Indian journal of veterinary science and animal husbandry - Volumes 26-27, 1956-1957
Year: 1956
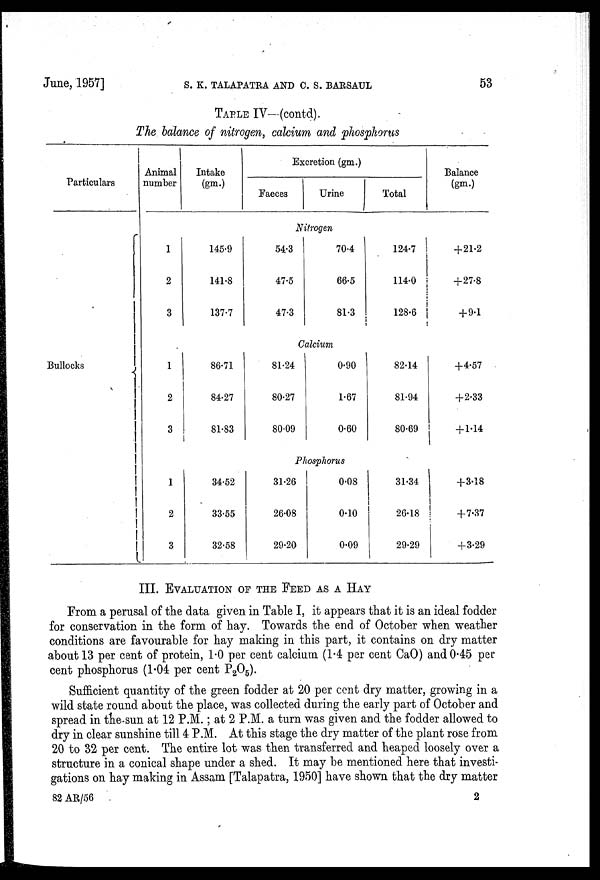
June, 1957] S. K. TALAPATRA AND C. S. BARSAUL 53
TABLE IV—(contd).
The balance of nitrogen, calcium and phosphorus
Particulars
Bullocks
Animal
number
Intake
(gm.)
Excretion (gm.)
Faeces
Urine
Total
Balance
(gm.)
Nitrgen
1
2
3
145.9
141.8
137.7
54.3
47.5
47.3
70.4
66.5
81.3
124.7
114.0
128.6
+21.2
+27.8
+9.1
Calcium
1
2
3
86.71
84.27
81.83
81.24
80.27
80.09
0.90
1.67
0.60
82.14
81.94
80.69
+4.57
+ 2.33
+ 1.14
Phosphorus
1
2
3
34.52
33.55
32.58
31.26
26.08
29.20
0.08
0.10
0.09
31.34
26.18
29.29
+3.18
+7.37
+3.29
III. E V A L U A T I O N O F T H E F E E D A S A
HAY
From a perusal of the data given in Table I, it appears that it is an ideal fodder
for conservation in the form of hay. Towards the end of October when weather
conditions are favourable for hay making in this part, it contains on dry matter
about 13 per cent of protein, 1.0 per cent calcium (1.4 per cent CaO) and 0.45 per
cent phosphorus (1.04 per cent P 2 O 5 ).
Sufficient quantity of the green fodder at 20 per cent dry matter, growing in a
wild state round about the place, was collected during the early part of October and
spread in the sun at 12 P.M.; at 2 P.M. a turn was given and the fodder allowed to
dry in clear sunshine till 4 P.M. At this stage the dry matter of the plant rose from
20 to 32 per cent. The entire lot was then transferred and heaped loosely over a
structure in a conical shape under a shed. It may be mentioned here that investi-
gations on hay making in Assam [Talapatra, 1950] have shown that the dry matter
82 AR/56
2